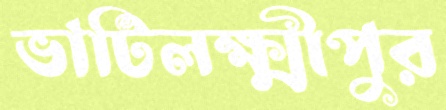
ভাটিলক্ষ্মীপুর